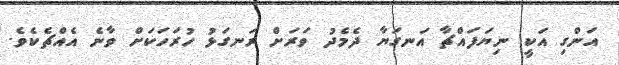
އަންގި އަކީ ނިޔަފައްޗާ އަނގަޔާ ދެމެދު ވަރަށް ރަނގަޅު ހުރަހަކަށް ވާނެ އެއްޗެކެވެ.